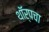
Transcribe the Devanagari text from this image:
थॉर्पचा